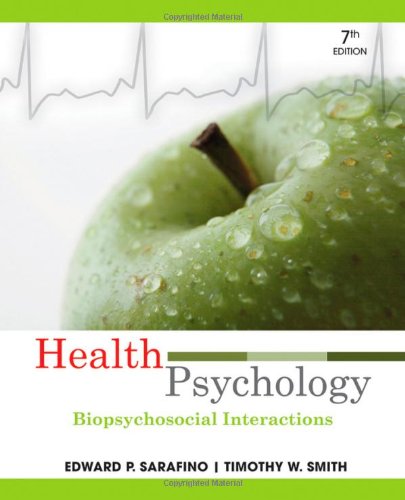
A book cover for Health Psychology: Biopsychosocial Interactions; Edward P. Sarafino; Medical Books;